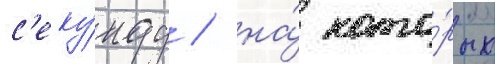
с'еку́нду / на́ кото́рых